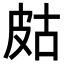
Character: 𤿛